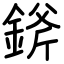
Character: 𨨞